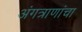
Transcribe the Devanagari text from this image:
अंगत्राणांचा